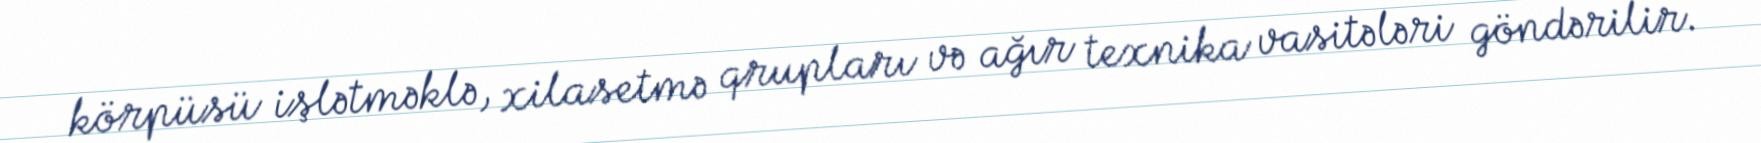
körpüsü işlətməklə, xilasetmə qrupları və ağır texnika vasitələri göndərilir.